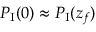
P _ { \mathrm { I } } ( 0 ) \approx P _ { \mathrm { I } } ( z _ { f } )